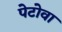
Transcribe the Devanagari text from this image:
पेटोवा